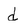
Character: d